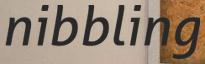
nibbling